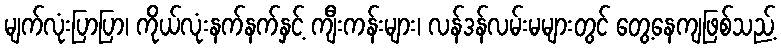
မျက်လုံးပြာပြာ၊ ကိုယ်လုံးနက်နက်နှင့် ကျီးကန်းများ၊ လန်ဒန်လမ်းမများတွင် တွေ့နေကျဖြစ်သည့်